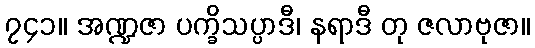
၇၄၁။ အဏ္ဍဇာ ပက္ခိသပ္ပာဒီ၊ နရာဒီ တု ဇလာဗုဇာ။